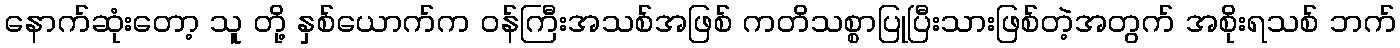
နောက်ဆုံးတော့ သူ တို့ နှစ်ယောက်က ဝန်ကြီးအသစ်အဖြစ် ကတိသစ္စာပြုပြီးသားဖြစ်တဲ့အတွက် အစိုးရသစ် ဘက်